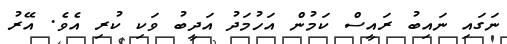
ނަގައި ނައިބު ރައީސް ކަމުން އަހުމަދު އަދީބު ވަކި ކުރި އެވެ. އޭރު